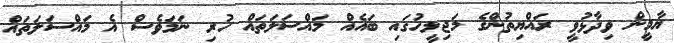
ޔާމީން ވިދާޅުވީ ރައްޔިތުންގެ މަޖިލީހުގައި ބައެއް މައްސަލަތައް ހުރި ނަމަވެސް އެ މައްސަލަތައް